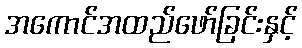
အကောင်အထည်ဖော်ခြင်းနှင့်